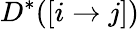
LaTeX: D^{*}([i\rightarrow j])